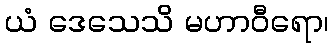
ယံ ဒေသေသိ မဟာဝီရော၊